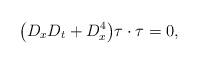
LaTeX: \begin{gather*}\big(D_{x}D_{t}+D_{x}^{4}\big)\tau\cdot\tau=0,\end{gather*}